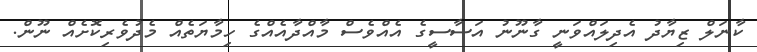
ކާނަލް ޒިޔާދު އެދިލައްވަނީ ގާނޫނު އަސާސީގެ އެއްވެސް މާއްދާއެއްގެ ހިމާޔަތެއް މެދުވެރިކޮށެއް ނޫން.